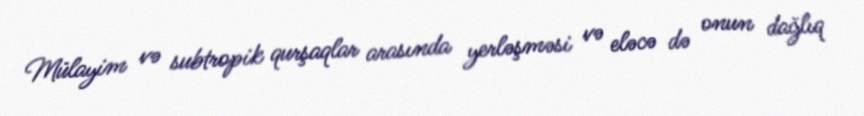
Mülayim və subtropik qurşaqlar arasında yerləşməsi və eləcə də onun dağlıq